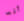
أنه